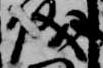
儀